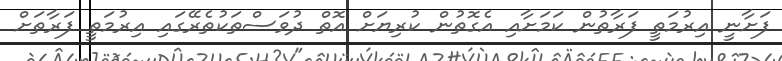
ފަށާނީ އިރުމަތީ ފަރާތުން ކަމަށާއި އެގޮތުން ކުރިޔަށް އޮތް ދުވަސްތަކުތެރޭގައި އިރުމަތީ ފަރާތަށް